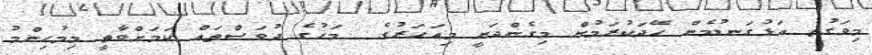
މިވަގުތު އަޅުގަނޑުމެން ހޭދަކުރަމުން މިގެންދަނީ މިއަހަރުގެ  މަހުގެ ދުވަސްތައް ކަމަށްވާތީ މިމުހިންމު